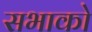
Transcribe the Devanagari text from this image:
सभाको